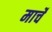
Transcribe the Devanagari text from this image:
मार्चें